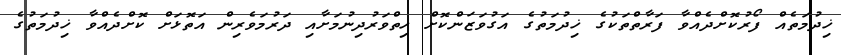
ޚިދުމަތެއް ފޯރުކޮށްދެއްވާ ފަރާތްތަކުގެ ޚިދުމަތުގެ އަގުވަޒަންކޮށް ހިތްވަރުދިނުމަށާއި ދަރުމަވެރިން އަތޮޅަށް ކޮށްދެއްވާ ޚިދުމަތުގެ